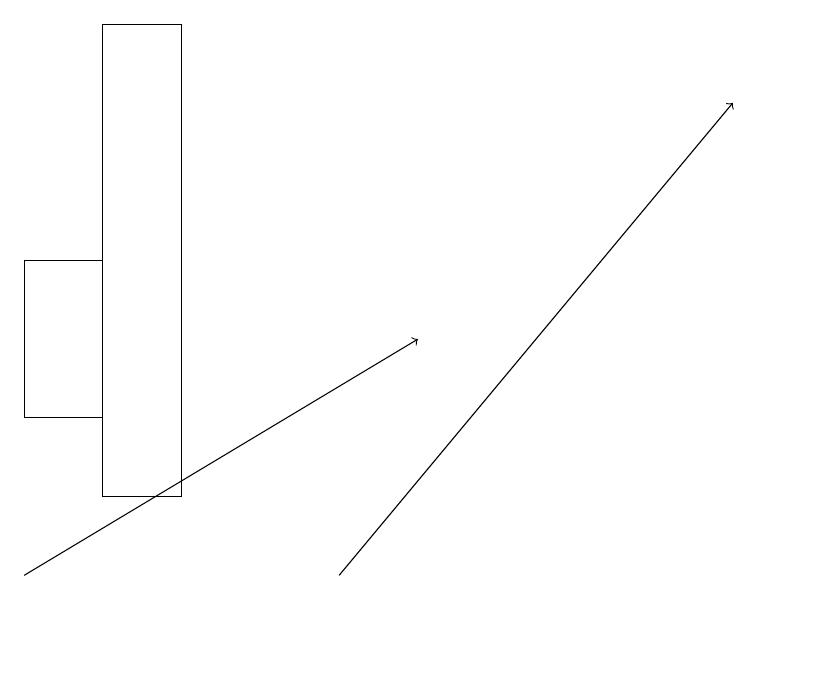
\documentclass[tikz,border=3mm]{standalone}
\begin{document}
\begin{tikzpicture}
\draw[->] (0,12) -- (5,15);
\draw (0,16) rectangle (1,14);
\draw[->] (4,12) -- (9,18);
\draw (1,13) rectangle (2,19);
\draw (10,11) circle (0);
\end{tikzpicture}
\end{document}